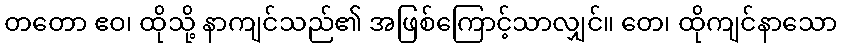
တတော ဧဝ၊ ထိုသို့ နာကျင်သည်၏ အဖြစ်ကြောင့်သာလျှင်။ တေ၊ ထိုကျင်နာသော